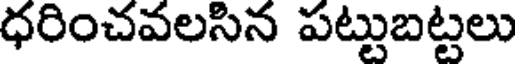
ధరించవలసిన పట్టుబట్టలు